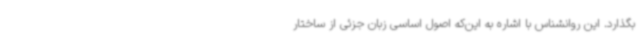
بگذارد. این روانشناس با اشاره به این‌که اصول اساسی زبان جزئی از ساختار